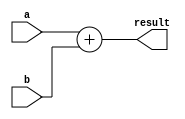



module ALUAdd(    
      		input [31:0] a,
      		input [31:0] b,
      		output reg [31:0] result
   	); 
   	
	always @ (*) 
	begin
	   result <= a + b;
	end


endmodule